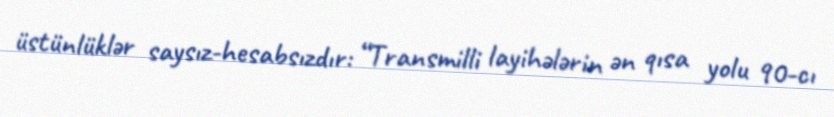
üstünlüklər saysız-hesabsızdır: “Transmilli layihələrin ən qısa yolu 90-cı